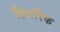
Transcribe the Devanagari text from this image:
हिनरिक